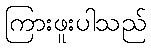
ကြားဖူးပါသည်